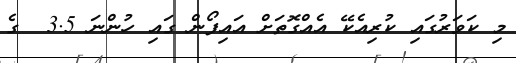
މި ކަވަރުގައި ކުރިއެކޭ އެއްގޮތަށް އައިފޯން ގައި ހުންނަ 3.5  ގެ